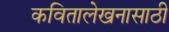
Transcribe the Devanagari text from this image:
कवितालेखनासाठी